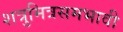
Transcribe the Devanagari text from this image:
शत्रुमित्रसमभावी